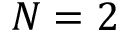
N = 2